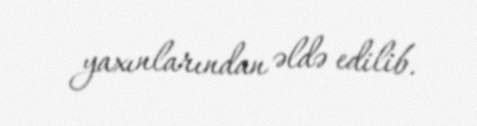
yaxınlarından əldə edilib.